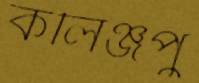
কলিঞ্জপু